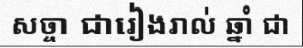
សច្ចា ជារៀងរាល់ ឆ្នាំ ជា